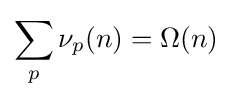
\sum _{p}\nu _{p}(n)=\Omega (n)